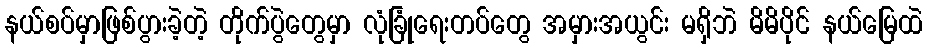
နယ်စပ်မှာဖြစ်ပွားခဲ့တဲ့ တိုက်ပွဲတွေမှာ လုံခြုံရေးတပ်တွေ အမှားအယွင်း မရှိဘဲ မိမိပိုင် နယ်မြေထဲ